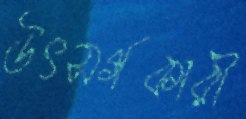
উৎসর্গকারী